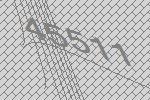
45511